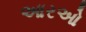
આરઓ